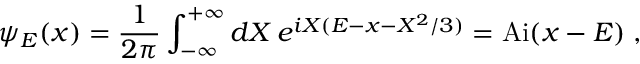
\psi _ { E } ( x ) = \frac { 1 } { 2 \pi } \int _ { - \infty } ^ { + \infty } d X \, e ^ { i X ( E - x - X ^ { 2 } / 3 ) } = \mathrm { A i } ( x - E ) \; ,